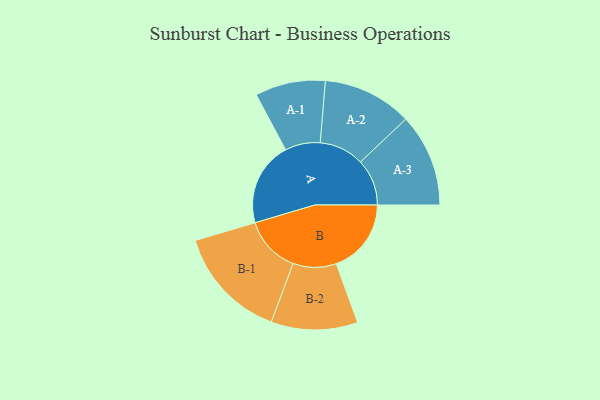
{"axis": {"x": "Segment", "y": "Value"}, "legend": ["", "A", "B"], "data": [{"x": "A", "y": 392, "type": ""}, {"x": "B", "y": 350, "type": ""}, {"x": "A-1", "y": 164, "type": "A"}, {"x": "A-2", "y": 209, "type": "A"}, {"x": "A-3", "y": 217, "type": "A"}, {"x": "B-1", "y": 265, "type": "B"}, {"x": "B-2", "y": 202, "type": "B"}]}